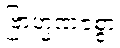
ဗြာဟ္မဏဇစ္စာ